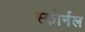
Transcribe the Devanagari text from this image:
स्कोर्नल